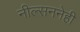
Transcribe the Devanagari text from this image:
नील्सननेही